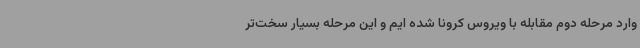
وارد مرحله دوم مقابله با ویروس کرونا شده ایم و این مرحله بسیار سخت‌تر